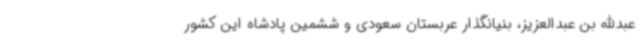
عبدالله بن عبدالعزیز، بنیانگذار عربستان سعودی و ششمین پادشاه این کشور